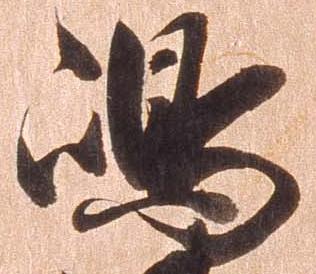
島